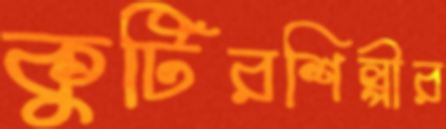
কুটিরশিল্পীর